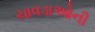
ચાવડાઓની